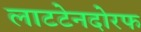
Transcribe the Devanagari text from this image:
लाटटेनदोरफ